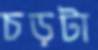
চড়টা